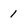
Character: 1